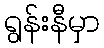
ရွန်းနီမှာ